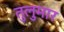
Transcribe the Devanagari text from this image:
तुलुमार